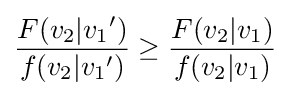
{\frac {F({{v}_{2}}|{{v}_{1}}^{\prime })}{f({{v}_{2}}|{{v}_{1}}^{\prime })}}\geq {\frac {F({{v}_{2}}|{{v}_{1}})}{f({{v}_{2}}|{{v}_{1}})}}